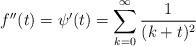
LaTeX: \begin{align*}f''(t)=\psi'(t)=\sum_{k=0}^{\infty}\frac{1}{(k+t)^{2}}\end{align*}